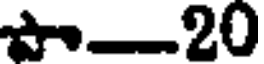
-20